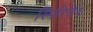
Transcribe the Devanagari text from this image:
स्पिरितेद